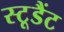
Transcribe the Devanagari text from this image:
स्टूडैंट